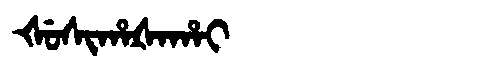
Manchu: ᡧᡠᠰᡳᡥᠠᡧᠠᡥᠠᡳ
Romanization: ŠUSIHAŠAHAI